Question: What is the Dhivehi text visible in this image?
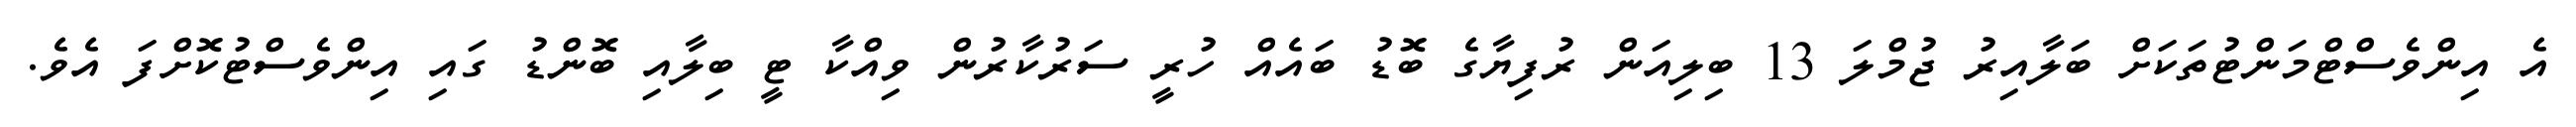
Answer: އެ އިންވެސްޓްމަންޓުތަކަށް ބަލާއިރު ޖުމްލަ 13 ބިލިއަން ރުފިޔާގެ ބޮޑު ބައެއް ހުރީ ސަރުކާރުން ވިއްކާ ޓީ ބިލާއި ބޮންޑު ގައި އިންވެސްޓުކޮށްފަ އެވެ.